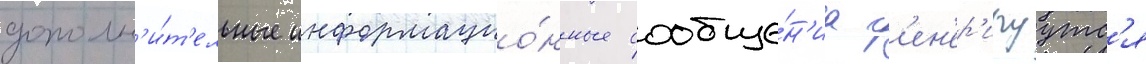
дополн'и́т'ельные информацио́нные сообще́н'иа г'ен'ер'ируутс'я